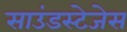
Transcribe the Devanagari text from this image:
साउंडस्टेजेस